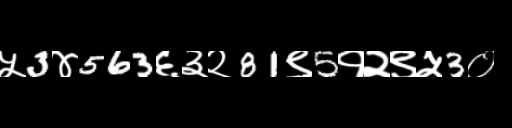
Text: ५3४563६३२81९5१२९५3०